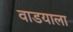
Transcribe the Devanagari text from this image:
वाडयाला